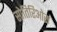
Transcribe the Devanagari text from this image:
सोतिरिओस